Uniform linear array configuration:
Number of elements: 12
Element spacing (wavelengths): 0.25
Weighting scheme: exponential
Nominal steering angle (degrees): -30
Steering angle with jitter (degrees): -31.418
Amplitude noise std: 0.05
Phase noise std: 0.05

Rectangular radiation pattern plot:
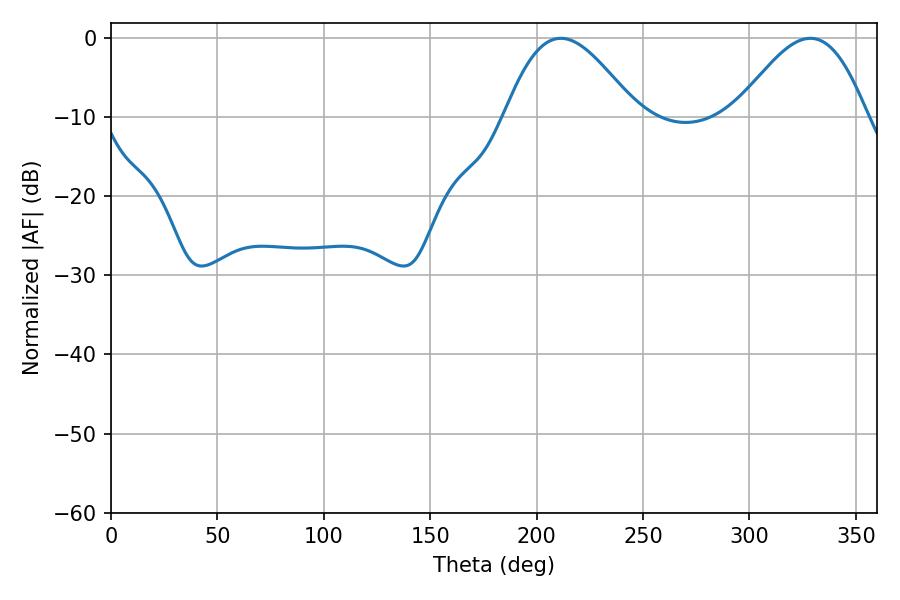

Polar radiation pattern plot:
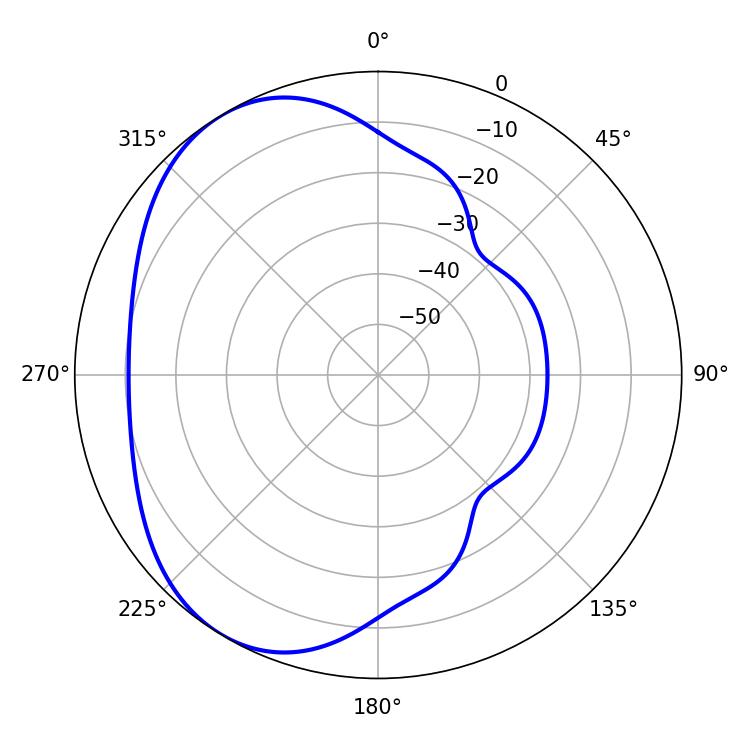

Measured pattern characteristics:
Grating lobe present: FALSE
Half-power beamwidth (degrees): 33.12
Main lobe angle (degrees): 211.32